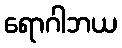
ရောဂါဘယ